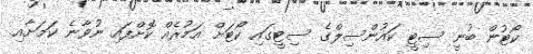
ކޯޓުން ބުނީ ސިޓީ ކައުންސިލްގެ ސިޓީގައި ކޯޓަށް އަމުރެއް ކޮށްފައި ނުވާނެ ކަމަށާއި